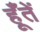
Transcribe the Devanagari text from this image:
हूँतें